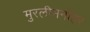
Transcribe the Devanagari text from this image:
मुरलीमनोहर